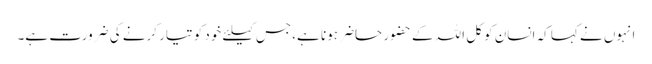
انہوں نے کہا کہ انسان کو کل اللہ کے حضور حاضر ہونا ہے، جس کیلئے خود کو تیار کرنے کی ضرورت ہے۔